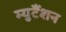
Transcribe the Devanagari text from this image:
म्युटैंशन